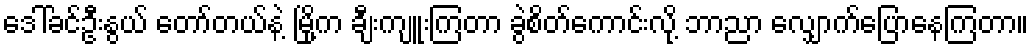
ဒေါ်ခင်ဦးနွယ် တော်တယ်နဲ့ မြို့က ချီးကျူးကြတာ ခွဲစိတ်ကောင်းလို့ ဘာညာ လျှောက်ပြောနေကြတာ။